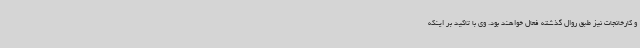
و کارخانجات نیز طبق روال گذشته فعال خواهند بود. وی با تاکید بر اینکه